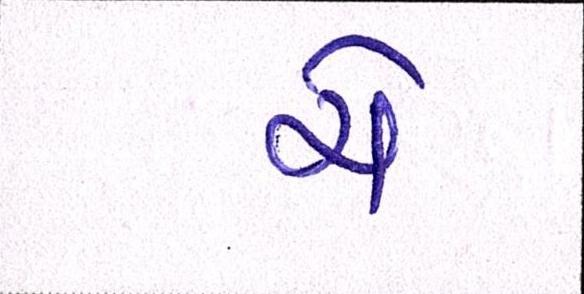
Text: ચે